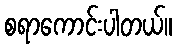
စရာကောင်းပါတယ်။